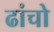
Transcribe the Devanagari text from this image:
ढांचो